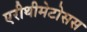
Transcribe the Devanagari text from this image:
एरीथीमेटोसस